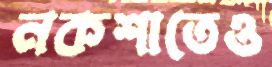
নকশাতেও